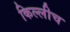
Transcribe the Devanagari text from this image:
किल्लीच